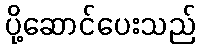
ပို့ဆောင်ပေးသည်